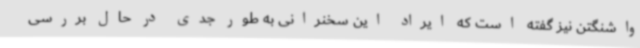
واشنگتن نیز گفته است که ایراد این سخنرانی به طور جدی در حال بررسی